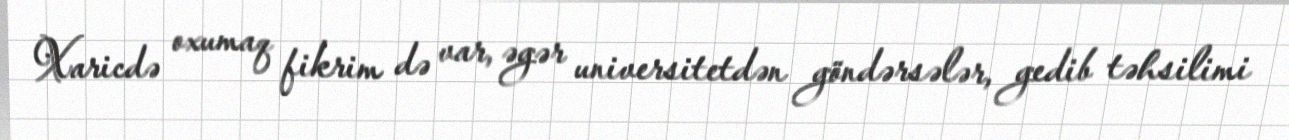
Xaricdə oxumaq fikrim də var, əgər universitetdən göndərsələr, gedib təhsilimi